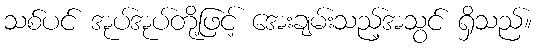
သစ်ပင် အုပ်အုပ်တို့ဖြင့် အေးချမ်းသည့်အသွင် ရှိသည်။